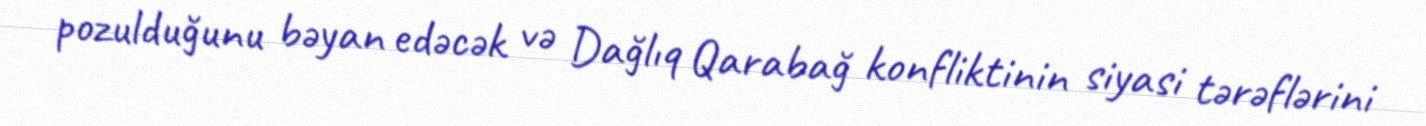
pozulduğunu bəyan edəcək və Dağlıq Qarabağ konfliktinin siyasi tərəflərini